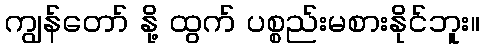
ကျွန်တော် နို့ ထွက် ပစ္စည်းမစားနိုင်ဘူး။